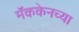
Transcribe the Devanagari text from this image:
मॅककेनच्या